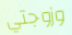
وزوجتي